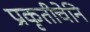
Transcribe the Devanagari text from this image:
प्रकृतीचेनि